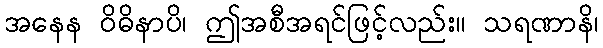
အနေန ဝိဓိနာပိ၊ ဤအစီအရင်ဖြင့်လည်း။ သရဏာနိ၊